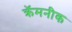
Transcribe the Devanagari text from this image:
क्रॅमनीक